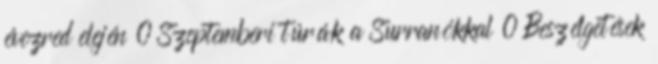
évezred elején 0 Szeptemberi túrák a Surranókkal 0 Beszélgetések